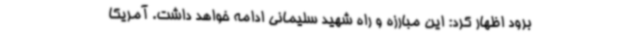
برود اظهار کرد: این مبارزه و راه شهید سلیمانی ادامه خواهد داشت. آمریکا